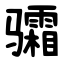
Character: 骦